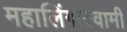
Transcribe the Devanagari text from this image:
महालिंगास्वामी